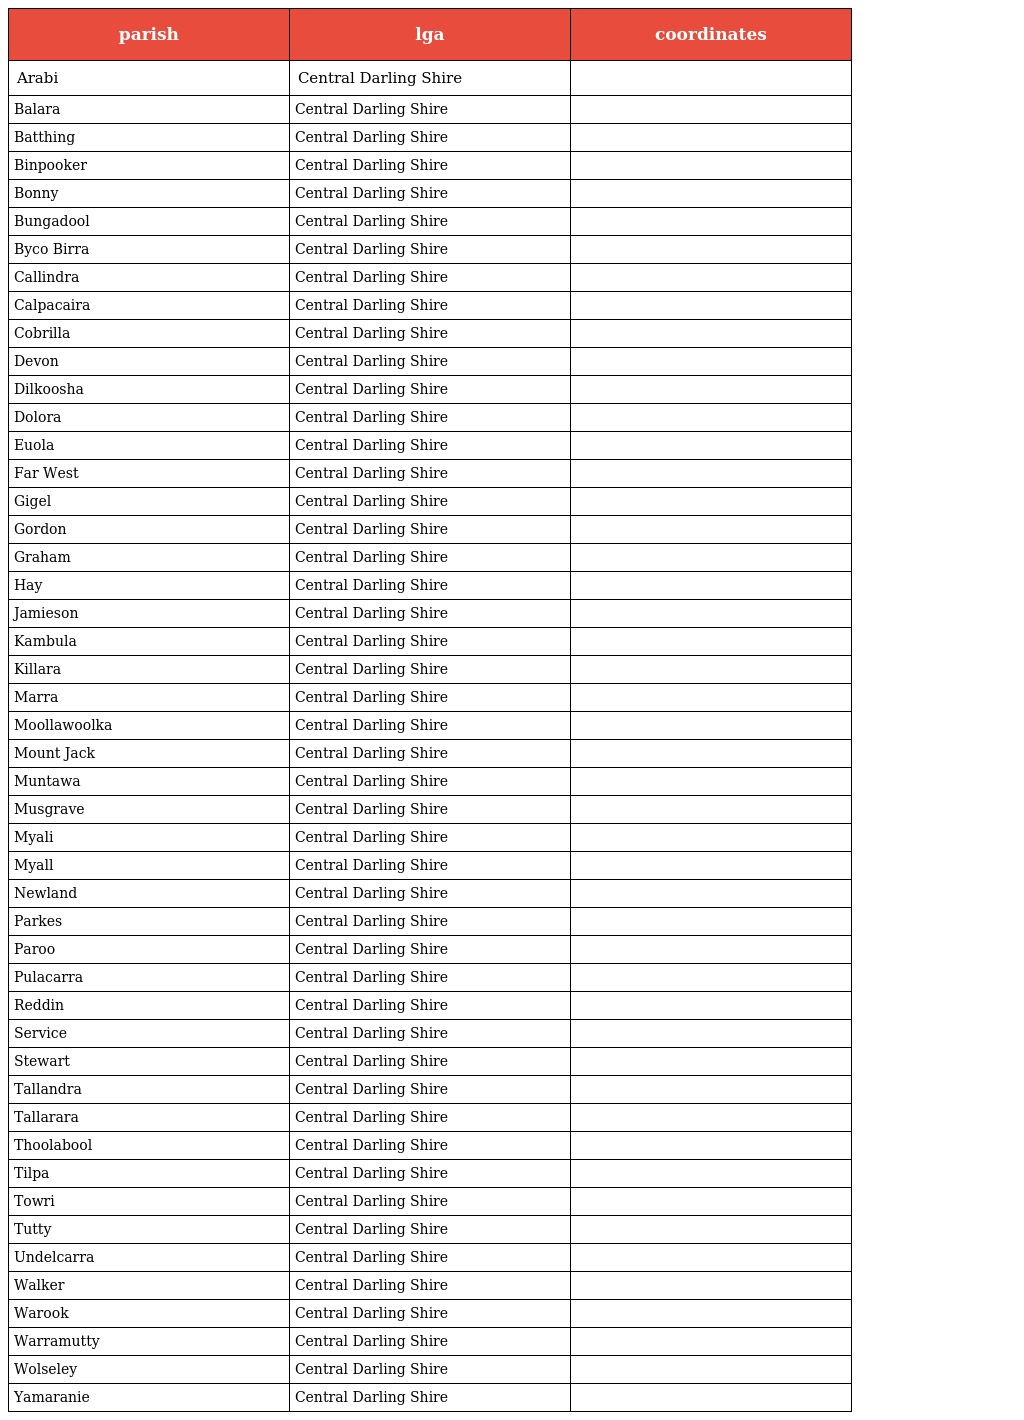
| parish | lga | coordinates |
 | --- | --- | --- |
 | Arabi | Central Darling Shire |  |
 | Balara | Central Darling Shire |  |
 | Batthing | Central Darling Shire |  |
 | Binpooker | Central Darling Shire |  |
 | Bonny | Central Darling Shire |  |
 | Bungadool | Central Darling Shire |  |
 | Byco Birra | Central Darling Shire |  |
 | Callindra | Central Darling Shire |  |
 | Calpacaira | Central Darling Shire |  |
 | Cobrilla | Central Darling Shire |  |
 | Devon | Central Darling Shire |  |
 | Dilkoosha | Central Darling Shire |  |
 | Dolora | Central Darling Shire |  |
 | Euola | Central Darling Shire |  |
 | Far West | Central Darling Shire |  |
 | Gigel | Central Darling Shire |  |
 | Gordon | Central Darling Shire |  |
 | Graham | Central Darling Shire |  |
 | Hay | Central Darling Shire |  |
 | Jamieson | Central Darling Shire |  |
 | Kambula | Central Darling Shire |  |
 | Killara | Central Darling Shire |  |
 | Marra | Central Darling Shire |  |
 | Moollawoolka | Central Darling Shire |  |
 | Mount Jack | Central Darling Shire |  |
 | Muntawa | Central Darling Shire |  |
 | Musgrave | Central Darling Shire |  |
 | Myali | Central Darling Shire |  |
 | Myall | Central Darling Shire |  |
 | Newland | Central Darling Shire |  |
 | Parkes | Central Darling Shire |  |
 | Paroo | Central Darling Shire |  |
 | Pulacarra | Central Darling Shire |  |
 | Reddin | Central Darling Shire |  |
 | Service | Central Darling Shire |  |
 | Stewart | Central Darling Shire |  |
 | Tallandra | Central Darling Shire |  |
 | Tallarara | Central Darling Shire |  |
 | Thoolabool | Central Darling Shire |  |
 | Tilpa | Central Darling Shire |  |
 | Towri | Central Darling Shire |  |
 | Tutty | Central Darling Shire |  |
 | Undelcarra | Central Darling Shire |  |
 | Walker | Central Darling Shire |  |
 | Warook | Central Darling Shire |  |
 | Warramutty | Central Darling Shire |  |
 | Wolseley | Central Darling Shire |  |
 | Yamaranie | Central Darling Shire |  |